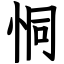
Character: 恫